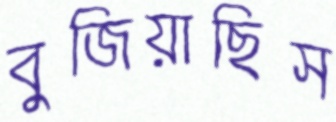
বুজিয়াছিস